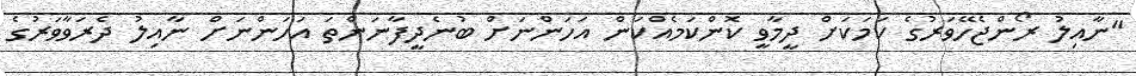
"ނާއިލު ރޯންޖެހޭވަރުގެ ކަމަކަށް ދީމާވީ ކޮންކަމެއްކަން އަހަންނަށް ބުނެދީފާނަންތަ އަހަންނަށް ނާއިލު ދެރަވާވަރުގެ